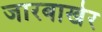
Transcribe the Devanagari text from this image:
जारबाखेर